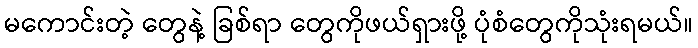
မကောင်းတဲ့ တွေနဲ့ ခြစ်ရာ တွေကိုဖယ်ရှားဖို့ ပုံစံတွေကိုသုံးရမယ်။